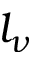
l _ { \nu }